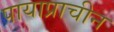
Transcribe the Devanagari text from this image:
पायाप्राचीन